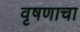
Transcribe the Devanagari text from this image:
वृषणाचा